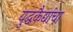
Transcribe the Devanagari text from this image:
युद्धकैद्यांचा